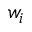
w _ { i }